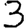
Digit: 3